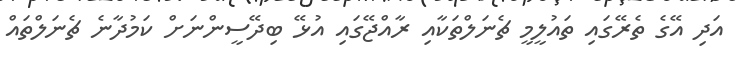
އަދި އޭގެ ތެރޭގައި ތައުލީމީ ޗެނަލްތަކާއި ރާއްޖޭގައި އުޅޭ ބިދޭސީންނަށް ކަމުދާނެ ޗެނަލްތައް